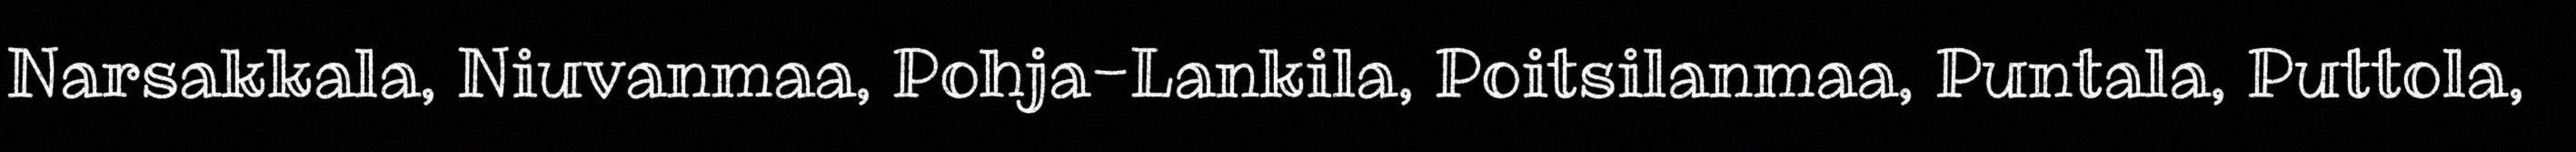
Narsakkala, Niuvanmaa, Pohja-Lankila, Poitsilanmaa, Puntala, Puttola,